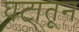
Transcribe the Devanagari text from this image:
घटातून